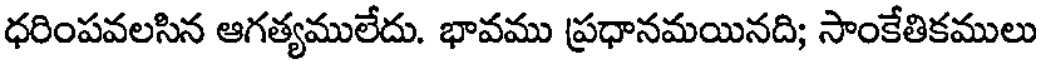
ధరింపవలసిన ఆగత్యములేదు. భావము ప్రధానమయినది; సాంకేతికములు